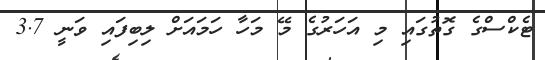
ޓެކްސްގެ ގޮތުގައި މި އަހަރުގެ މޭ މަހާ ހަމައަށް ލިބިފައި ވަނީ 3.7